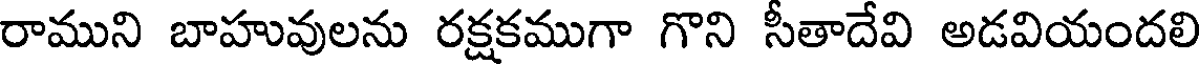
రాముని బాహువులను రక్షకముగా గొని సీతాదేవి అడవియందలి